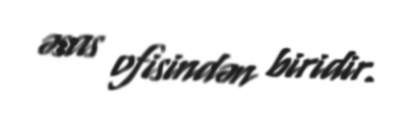
əsas ofisindən biridir.